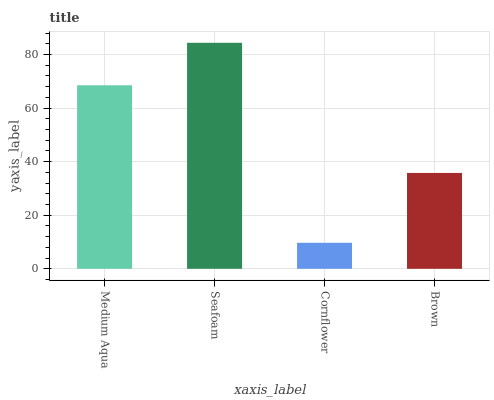
| xaxis_label | bars |
 | --- | --- |
 | Medium Aqua | 68.5 |
 | Seafoam | 84.4 |
 | Cornflower | 9.71 |
 | Brown | 35.8 |